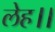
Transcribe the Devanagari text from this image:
लेह।।